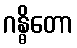
ဂန္ဓိတော